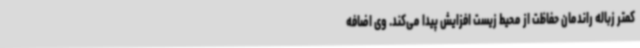
کمتر زباله راندمان حفاظت از محیط زیست افزایش پیدا می‌کند. وی اضافه